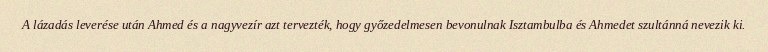
A lázadás leverése után Ahmed és a nagyvezír azt tervezték, hogy győzedelmesen bevonulnak Isztambulba és Ahmedet szultánná nevezik ki.